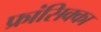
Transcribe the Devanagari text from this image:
फ्रांसिक्का